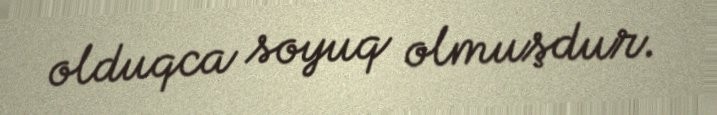
olduqca soyuq olmuşdur.